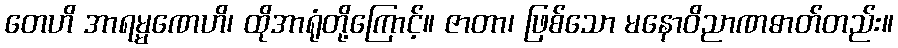
တေဟိ အာရမ္မဏေဟိ၊ ထိုအာရုံတို့ကြောင့်။ ဇာတာ၊ ဖြစ်သော မနောဝိညာဏဓာတ်တည်း။